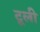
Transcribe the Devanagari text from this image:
टूली